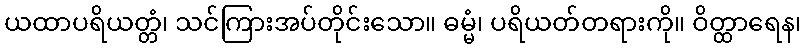
ယထာပရိယတ္တံ၊ သင်ကြားအပ်တိုင်းသော။ ဓမ္မံ၊ ပရိယတ်တရားကို။ ဝိတ္ထာရေန၊